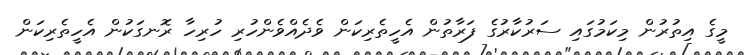
މީގެ އިތުރުން މިކަމުގައި ސަރުކާރުގެ ފަރާތުން އެހީތެރިކަން ވެދެއްވެންހުރި ހުރިހާ ރޮނގަކުން އެހީތެރިކަން